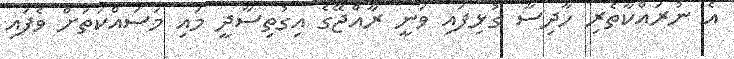
އެ ނުރައްކާތެރި ހާދިސާ ގުޅިފައި ވަނީ ރާއްޖޭގެ އިގުތިސާދީ މައި މަސައްކަތަށް ވެފައި